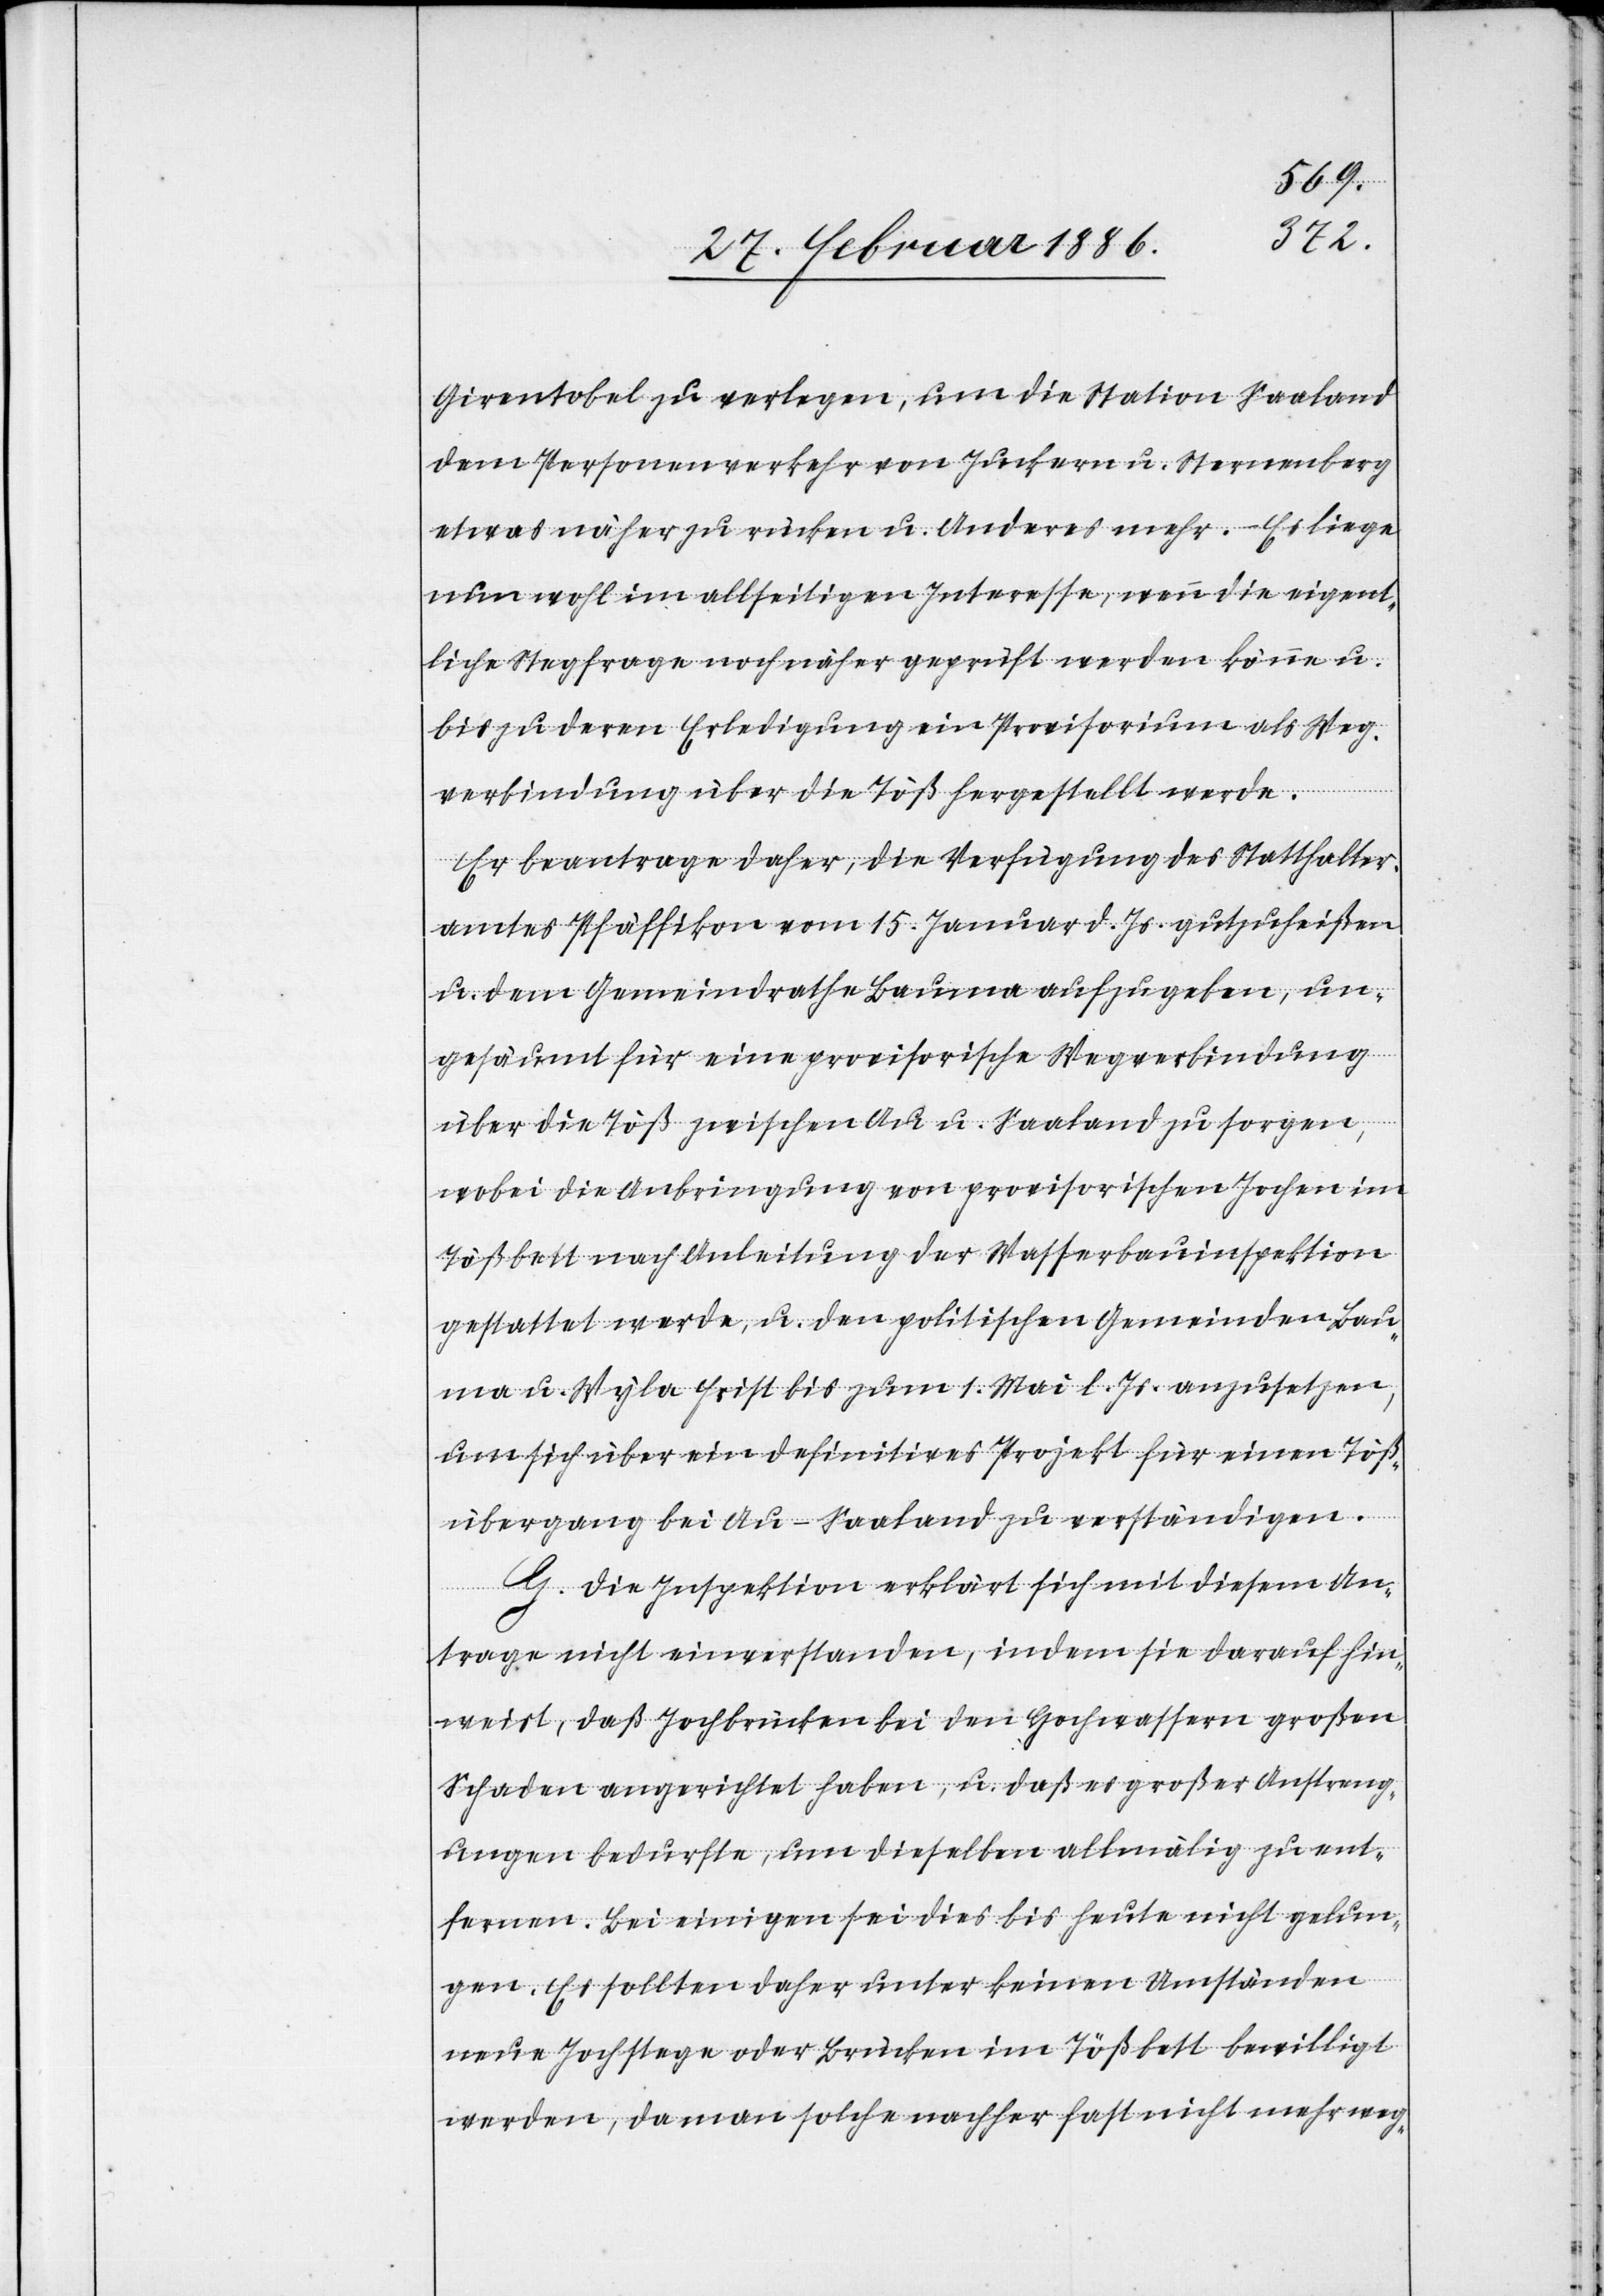
Girentobel zu verlegen, um die Station Saaland
dem Personenverkehr von Juckern u. Sternenberg
etwas näher zu rücken u. Anderes mehr. – Es liege
nun wohl im allseitigen Interesse, wenn die eigent¬
liche Stegfrage noch näher geprüft werden könne u.
bis zu deren Erledigung ein Provisorium als Weg¬
verbindung über die Töß hergestellt werde.
Er beantrage daher, die Verfügung des Statthalter¬
amtes Pfäffikon vom 15. Januar d. Js. gutzuheißen
u. dem Gemeindrathe Bauma aufzugeben, un¬
gesäumt für eine provisorische Wegverbindung
über die Töß zwischen Au u. Saaland zu sorgen,
wobei die Anbringung von provisorischen Jochen im
Tößbett nach Anleitung der Wasserbauinspektion
gestattet werde, u. den politischen Gemeinden Bau¬
ma u. Wyla Frist bis zum 1. Mai l. Js. anzusetzen,
um sich über ein definitives Projekt für einen Töß¬
übergang bei Au–Saaland zu verständigen.
G. Die Inspektion erklärt sich mit diesem An¬
trage nicht einverstanden, indem sie darauf hin¬
weist, daß Jochbrücken bei den Hochwassern großen
Schaden angerichtet haben, u. daß es großer Anstreng¬
ungen bedurfte, um dieselben allmälig zu ent¬
fernen. Bei einigen sei dies bis heute nicht gelun¬
gen. Es sollten daher unter keinen Umständen
neue Jochstege oder Brücken im Tößbett bewilligt
werden, da man solche nachher fast nicht mehr weg-